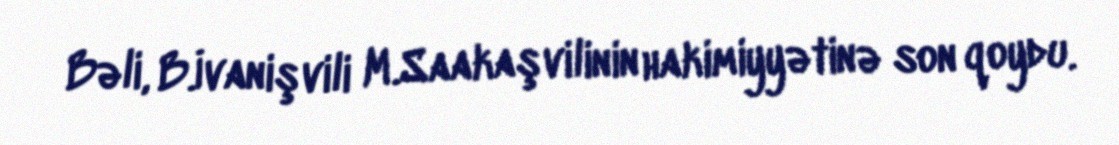
Bəli, B.İvanişvili M.Saakaşvilinin hakimiyyətinə son qoydu.